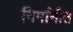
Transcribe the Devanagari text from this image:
निर्मानीत